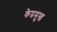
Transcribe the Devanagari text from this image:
केप्रमुख